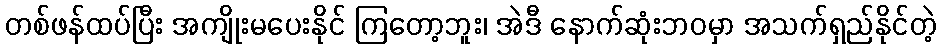
တစ်ဖန်ထပ်ပြီး အကျိုးမပေးနိုင် ကြတော့ဘူး၊ အဲဒီ နောက်ဆုံးဘဝမှာ အသက်ရှည်နိုင်တဲ့